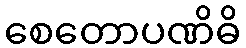
စေတောပဏိဓိ